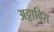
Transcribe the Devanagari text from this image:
अठ्ठाविस